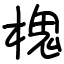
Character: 槐